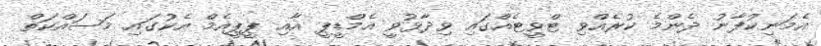
އެމަނިކުފާނު ދެންމެ ކުރެއްވި ޓްވީޓެއްގައި ވިދާޅުވީ އެމްޑީޕީ އާއި ޕީޕީއެމް އެކުގައި މަސައްކަތް